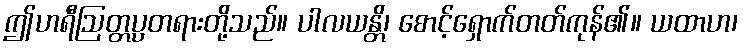
ဤဟရီဩတ္တပ္ပတရားတို့သည်။ ပါလယန္တိ၊ စောင့်ရှောက်တတ်ကုန်၏။ ယထာဟ၊